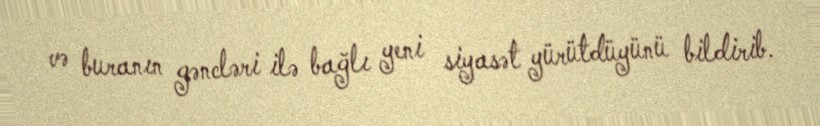
və buranın gəncləri ilə bağlı yeni siyasət yürütdüyünü bildirib.